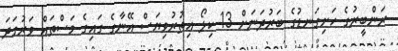
ރަންބީރުގެ ހަށިގަނޑުގެ ބަރުދަނަށް 13 ކިލޯ އިތުރުވިޔަސް އޭނާގެ ގައިގެ މަސްތައް ވަރުގަދަ